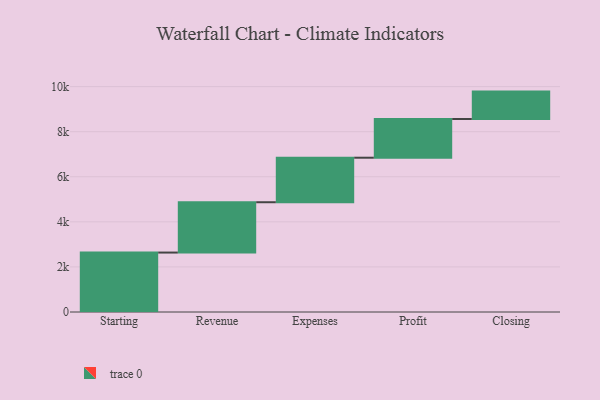
{"axis": {"x": "Step", "y": "Value"}, "legend": [""], "data": [{"x": "Starting", "y": 2637.0, "type": ""}, {"x": "Revenue", "y": 2233.0, "type": ""}, {"x": "Expenses", "y": 1975.0, "type": ""}, {"x": "Profit", "y": 1717.0, "type": ""}, {"x": "Closing", "y": 1216.0, "type": ""}]}